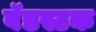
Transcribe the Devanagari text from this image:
वॅडस्टक